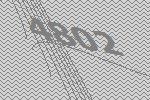
4802